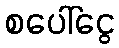
စပေါ်ငွေ